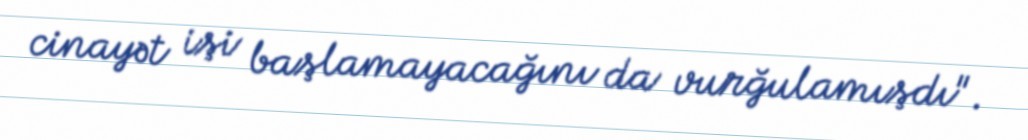
cinayət işi başlamayacağını da vurğulamışdı".